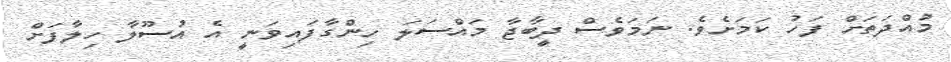
މުއްދަތަށް ފަހު ކަމަށެވެ. ނަމަވެސް ދީބާޖާ މައްސަލަ ހިންގާފައިވަނީ އެ އުސޫލާ ހިލާފަށް